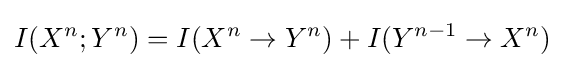
I(X^{n};Y^{n})=I(X^{n}\to Y^{n})+I(Y^{n-1}\to X^{n})